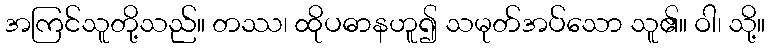
အကြင်သူတို့သည်။ တဿ၊ ထိုပဓာနဟူ၍ သမုတ်အပ်သော သူ၏။ ဝါ၊ သို့။